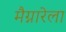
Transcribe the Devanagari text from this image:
मैग्नारेला